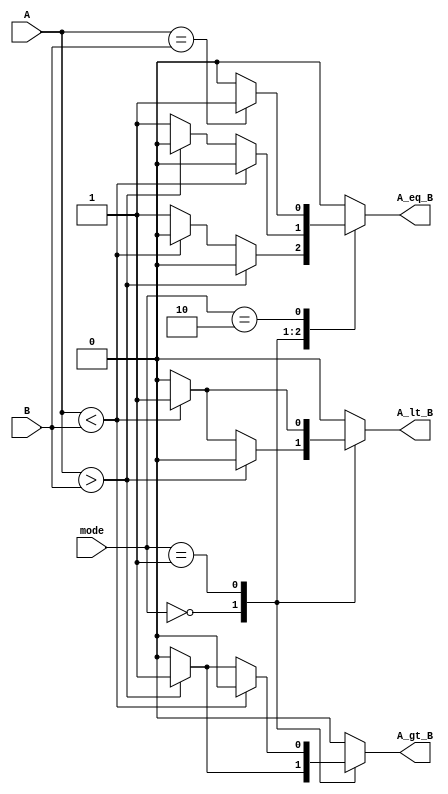
module LogarithmicComparator (
    input wire [15:0] A,      // Input A (16-bit fixed-point)
    input wire [15:0] B,      // Input B (16-bit fixed-point)
    input wire [1:0] mode,    // Control signal for comparison mode
    output reg A_gt_B,        // Output signal for A > B
    output reg A_lt_B,        // Output signal for A < B
    output reg A_eq_B         // Output signal for A = B
);

// Logarithmic conversion (simple approximation for demonstration)
function [15:0] log_conversion;
    input [15:0] value;
    begin
        // This is a placeholder for logarithmic conversion.
        // In practice, you would replace this with a proper logarithmic function.
        log_conversion = value; // Replace with actual log conversion
    end
endfunction

// Internal signals for logarithmic values
wire [15:0] log_A;
wire [15:0] log_B;

// Convert inputs A and B to their logarithmic representations
assign log_A = log_conversion(A);
assign log_B = log_conversion(B);

// Comparator logic
always @(*) begin
    // Default outputs
    A_gt_B = 0;
    A_lt_B = 0;
    A_eq_B = 0;

    case (mode)
        2'b00: begin // Greater than comparison
            if (log_A > log_B) begin
                A_gt_B = 1;
            end else if (log_A < log_B) begin
                A_lt_B = 1;
            end else begin
                A_eq_B = 1;
            end
        end
        2'b01: begin // Less than comparison
            if (log_A < log_B) begin
                A_lt_B = 1;
            end else if (log_A > log_B) begin
                A_gt_B = 1;
            end else begin
                A_eq_B = 1;
            end
        end
        2'b10: begin // Equality comparison
            if (log_A == log_B) begin
                A_eq_B = 1;
            end else begin
                A_gt_B = 0;
                A_lt_B = 0;
            end
        end
        default: begin
            A_gt_B = 0;
            A_lt_B = 0;
            A_eq_B = 0;
        end
    endcase
end

endmodule